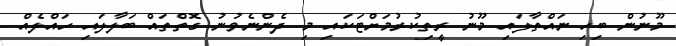
މޫނުން ބިހި ނައްތާލައި މޫނު ރީތިކުރުމަށްޓަކައި މި ދެންނެވުނު ގޮތްތައް ބަލާލައި ހައްލެއް